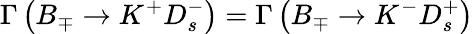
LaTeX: \Gamma\left(B_{\mp}\rightarrow K^{+}D_{s}^{-}\right)=\Gamma\left(B_{\mp}\rightarrow K^{-}D_{s}^{+}\right)